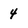
Character: 4